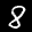
Label: 8